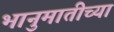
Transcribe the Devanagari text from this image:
भानुमातीच्या